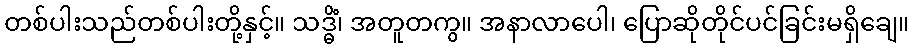
တစ်ပါးသည်တစ်ပါးတို့နှင့်။ သဒ္ဓိံ၊ အတူတကွ။ အနာလာပေါ၊ ပြောဆိုတိုင်ပင်ခြင်းမရှိချေ။